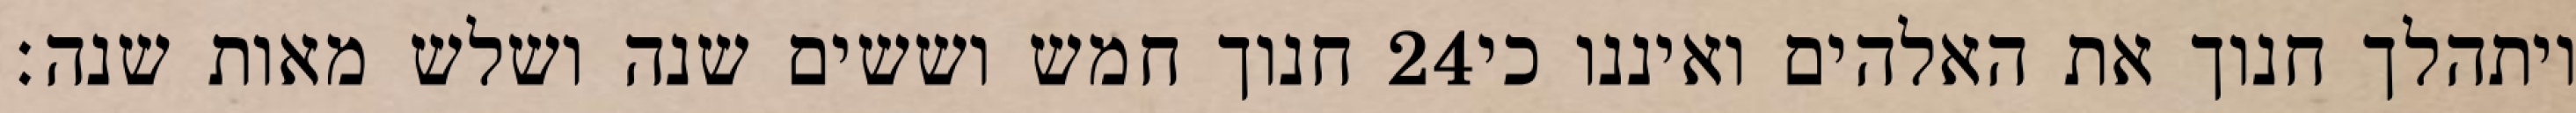
חנוך חמש וששים שנה ושלש מאות שנה׃ ‎24‏ ויתהלך חנוך את האלהים ואיננו כי